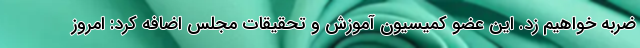
ضربه خواهیم زد. این عضو کمیسیون آموزش و تحقیقات مجلس اضافه کرد: امروز